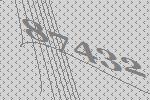
87432